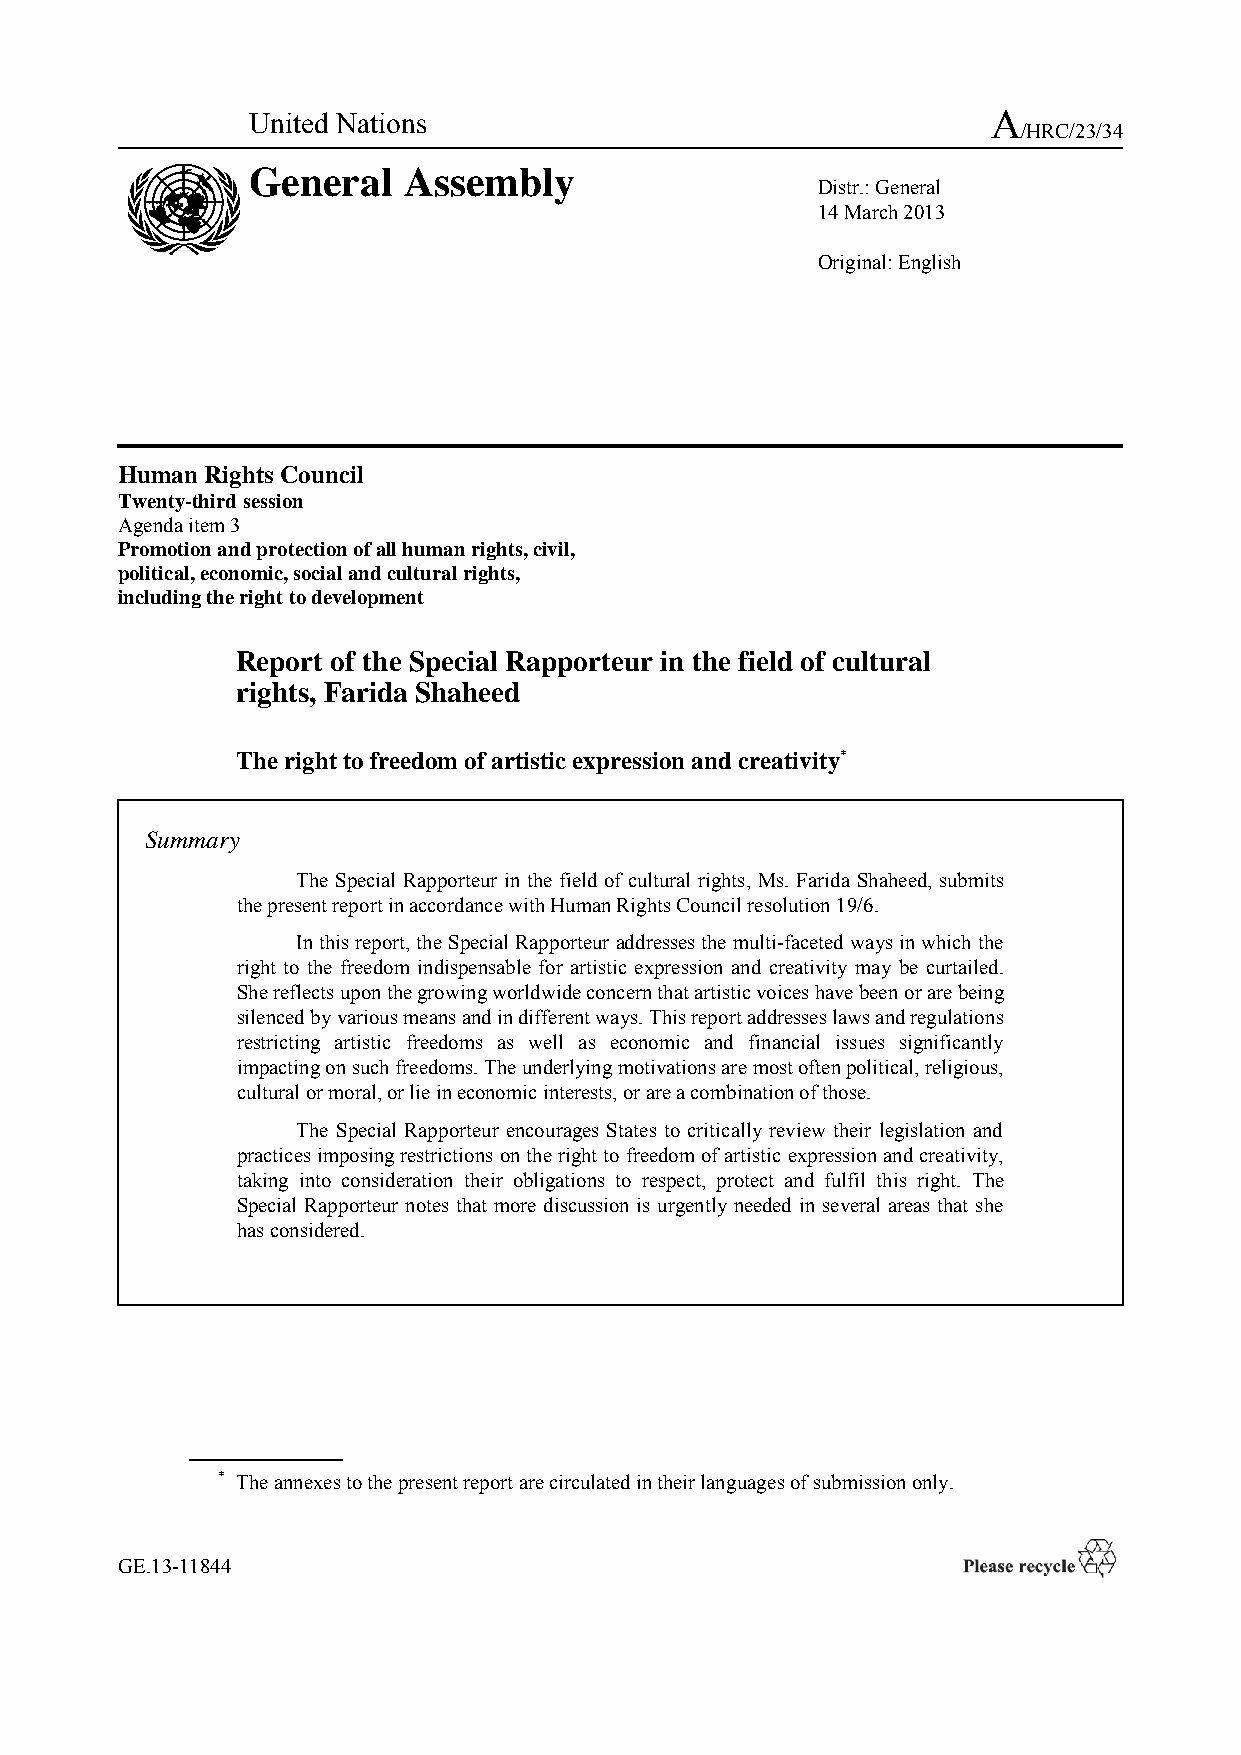
United Nations                                   A
 /HRC/23/34
 General   Assembly
 Distr.: General
 14 March 2013
 Original: English
 Human Rights Council
 Twenty-third session
 Agenda item 3
 Promotion and protection of all human rights, civil,
 political, economic, social and cultural rights,
 including the right to development
 Report of the Special Rapporteur in the field of cultural
 rights, Farida Shaheed
 The right to freedom of artistic expression and creativity*
 Summary
 The Special Rapporteur in the field of cultural rights, Ms. Farida Shaheed, submits
 the present report in accordance with Human Rights Council resolution 19/6.
 In this report, the Special Rapporteur addresses the multi-faceted ways in which the
 right to the freedom indispensable for artistic expression and creativity may be curtailed.
 She reflects upon the growing worldwide concern that artistic voices have been or are being
 silenced by various means and in different ways. This report addresses laws and regulations
 restricting artistic freedoms as well as economic and financial issues significantly
 impacting on such freedoms. The underlying motivations are most often political, religious,
 cultural or moral, or lie in economic interests, or are a combination of those.
 The Special Rapporteur encourages States to critically review their legislation and
 practices imposing restrictions on the right to freedom of artistic expression and creativity,
 taking into consideration their obligations to respect, protect and fulfil this right. The
 Special Rapporteur notes that more discussion is urgently needed in several areas that she
 has considered.
 * The annexes to the present report are circulated in their languages of submission only.
 GE.13-11844